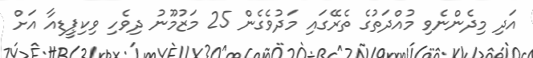
އަދި މިދެންނެވި މުއްދަތުގެ ތެރޭގައި މަދުވެގެން 25 މަޒުމޫނު ދިވެހި ވިކިޕީޑިއާ އަށް